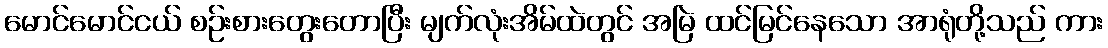
မောင်မောင်ငယ် စဉ်းစားတွေးတောပြီး မျက်လုံးအိမ်ထဲတွင် အမြဲ ထင်မြင်နေသော အာရုံတို့သည် ကား